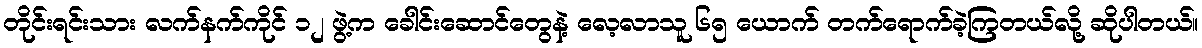
တိုင်းရင်းသား လက်နက်ကိုင် ၁၂ ဖွဲ့က ခေါင်းဆောင်တွေနဲ့ လေ့လာသူ ၆၅ ယောက် တက်ရောက်ခဲ့ကြတယ်လို့ ဆိုပါတယ်။